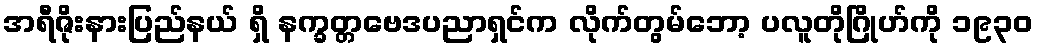
အရီဇိုးနားပြည်နယ် ရှိ နက္ခတ္တဗေဒပညာရှင်က လိုက်တွမ်ဘော့ ပလူတိုဂြိုဟ်ကို ၁၉၃၀